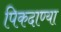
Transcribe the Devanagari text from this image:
पिकदाण्या